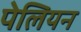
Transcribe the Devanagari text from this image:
पेलियन